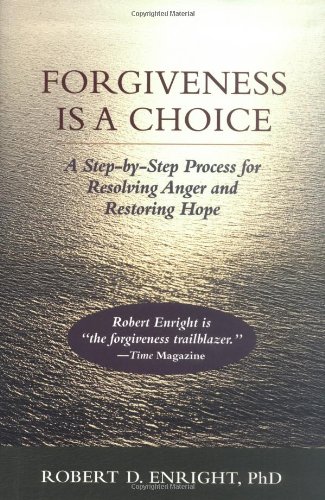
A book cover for Forgiveness is a Choice: A Step-by-Step Process for Resolving Anger and Restoring Hope; Robert D. Enright; Self-Help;